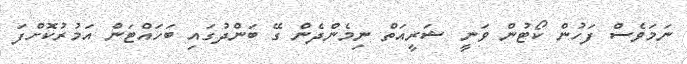
ނަމަވެސް ފަހުން ކޯޓުން ވަނީ ޝަރީއަތް ނިމެންދެން ގޭ ބަންދުގައި ބަހައްޓަން އަމުރުކޮށްފަ